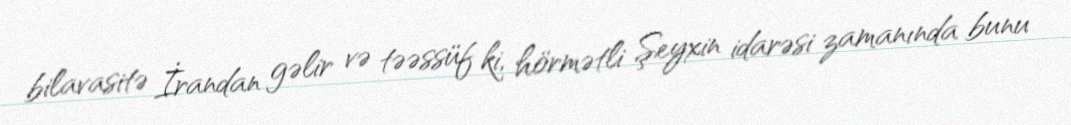
bilavasitə İrandan gəlir və təəssüf ki, hörmətli Şeyxin idarəsi zamanında bunu